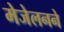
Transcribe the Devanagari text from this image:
मेजेलनने